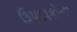
ઉપદાકોના